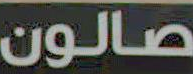
صالون